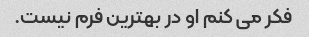
فکر می کنم او در بهترین فرم نیست.